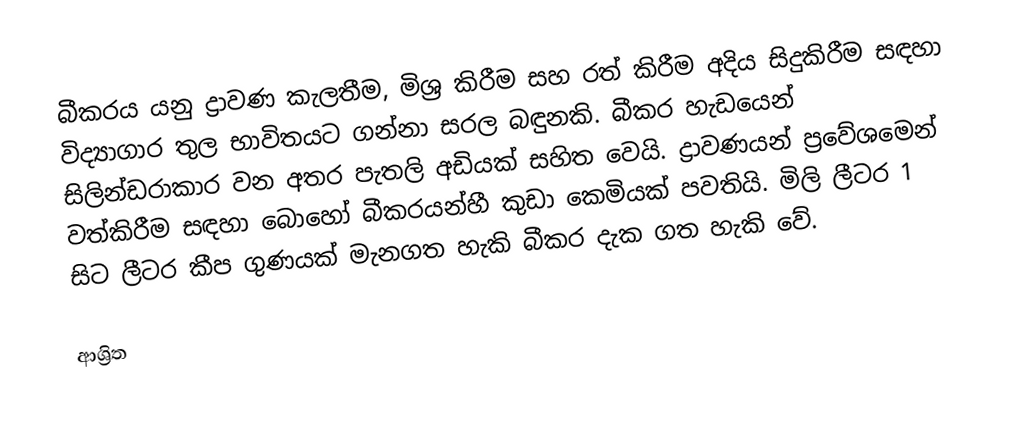
බීකරය යනු ද්‍රාවණ කැලතීම, මිශ්‍ර කිරීම සහ රත් කිරීම අදිය සිදුකිරීම සඳහා විද්‍යාගාර තුල භාවිතයට ගන්නා සරල බඳුනකි.  බීකර හැඩයෙන් සිලින්ඩරාකාර වන අතර පැතලි අඩියක් සහිත වෙයි.   ද්‍රාවණයන් ප්‍රවේශමෙන් වත්කිරීම සඳහා බොහෝ බීකරයන්හී කුඩා කෙමියක් පවතියි. මිලි ලීටර 1 සිට ලීටර කීප ගුණයක් මැනගත හැකි බීකර දැක ගත හැකි වේ.

ආශ්‍රිත